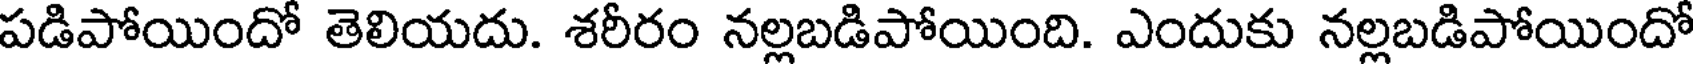
పడిపోయిందో తెలియదు. శరీరం నల్లబడిపోయింది. ఎందుకు నల్లబడిపోయిందో